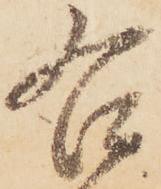
右